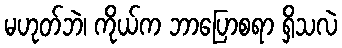
မဟုတ်ဘဲ၊ ကိုယ်က ဘာပြောစရာ ရှိသလဲ